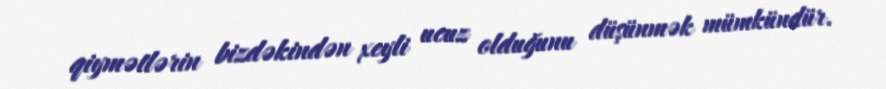
qiymətlərin bizdəkindən xeyli ucuz olduğunu düşünmək mümkündür.